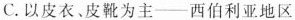
C.以皮衣、皮靴为主--西伯利亚地区